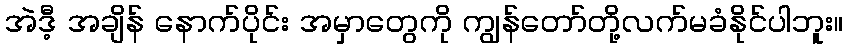
အဲဒီ့ အချိန် နောက်ပိုင်း အမှာတွေကို ကျွန်တော်တို့လက်မခံနိုင်ပါဘူး။